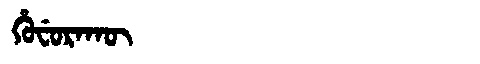
Manchu: ᡥᡠᠸᡠᡵᠠᡴᡡ
Romanization: HUFURAKŪ